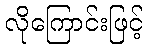
လိုကြောင်းဖြင့်